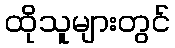
ထိုသူများတွင်